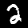
Label: 2